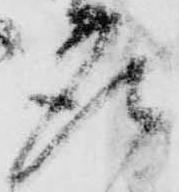
座